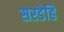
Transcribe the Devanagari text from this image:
सरडेहि